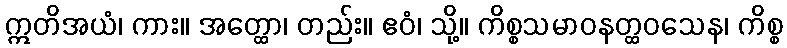
ဣတိအယံ၊ ကား။ အတ္ထော၊ တည်း။ ဧဝံ၊ သို့။ ကိစ္စသမာဝနတ္ထဝသေန၊ ကိစ္စ